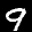
Label: 9